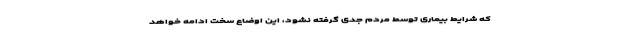
که شرایط بیماری توسط مردم جدی گرفته نشود، این اوضاع سخت ادامه خواهد